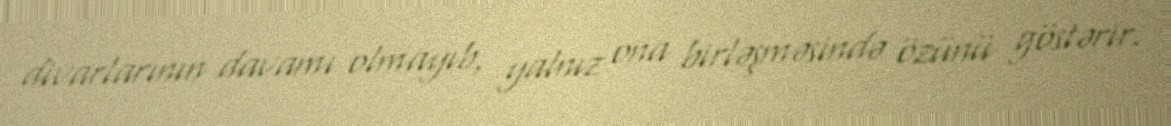
divarlarının davamı olmayıb, yalnız ona birləşməsində özünü göstərir.